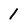
Character: 1